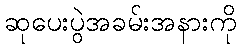
ဆုပေးပွဲအခမ်းအနားကို